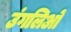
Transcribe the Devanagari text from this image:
उंगलिओं